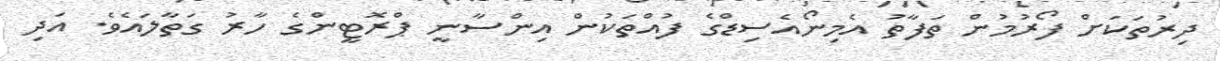
ދިރުތަކަށް ފޯރުމުން ތަފާތު އެމިނޯއެސިޑްގެ ފުއްތަކުން އިންސާނީ ޕްރޮޓީންގެ ހާރު ގަތާލައެވެ. އަދި